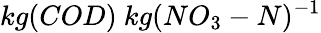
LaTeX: kg(COD)\ kg(NO_{3}-N)^{-1}